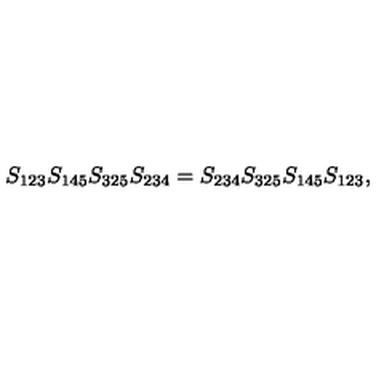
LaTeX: S _ { 1 2 3 } S _ { 1 4 5 } S _ { 3 2 5 } S _ { 2 3 4 } = S _ { 2 3 4 } S _ { 3 2 5 } S _ { 1 4 5 } S _ { 1 2 3 } ,